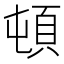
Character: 頓